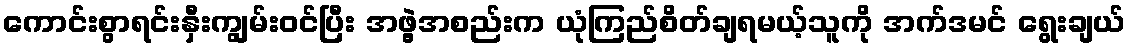
ကောင်းစွာရင်းနှီးကျွမ်းဝင်ပြီး အဖွဲ့အစည်းက ယုံကြည်စိတ်ချရမယ့်သူကို အက်ဒမင် ရွေးချယ်